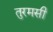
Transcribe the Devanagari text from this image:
तुरमसी